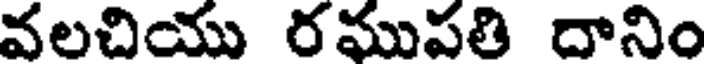
వలచియు రఘుపతి దానిం